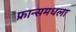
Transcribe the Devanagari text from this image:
फ्रान्समधला